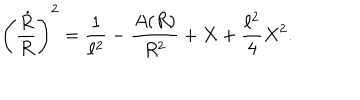
LaTeX: \left( { \frac { \dot { R } } { R } } \right) ^ { 2 } = { \frac { 1 } { \ell ^ { 2 } } } - { \frac { A ( R ) } { R ^ { 2 } } } + X + { \frac { \ell ^ { 2 } } { 4 } } X ^ { 2 } .